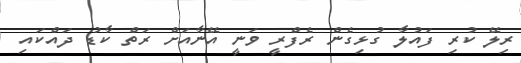
ރިލޭ ކުރި ފައުލާ ގުޅިގެން ރެފްރީ ވަނީ އޭނާއަށް ރަތް ކާޑު ދައްކައި